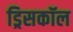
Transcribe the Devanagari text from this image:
ड्रिसकॉल